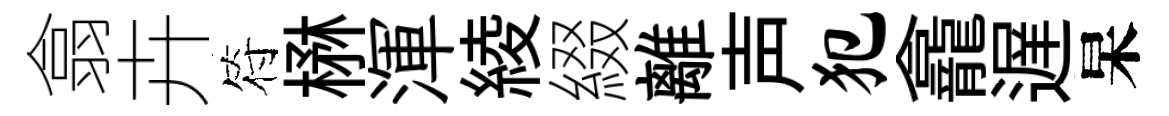
翕卉符楙渾綾綴離声犯龕遅杲